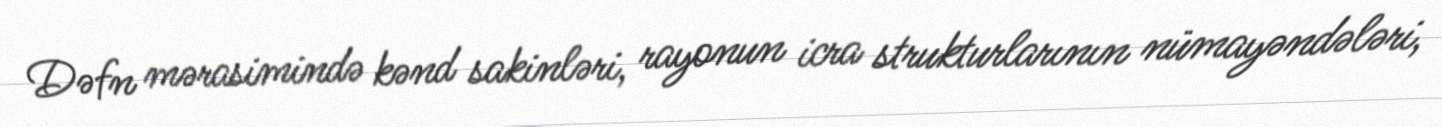
Dəfn mərasimində kənd sakinləri, rayonun icra strukturlarının nümayəndələri,